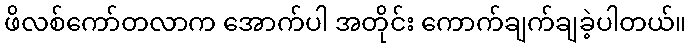
ဖိလစ်ကော်တလာက အောက်ပါ အတိုင်း ကောက်ချက်ချခဲ့ပါတယ်။